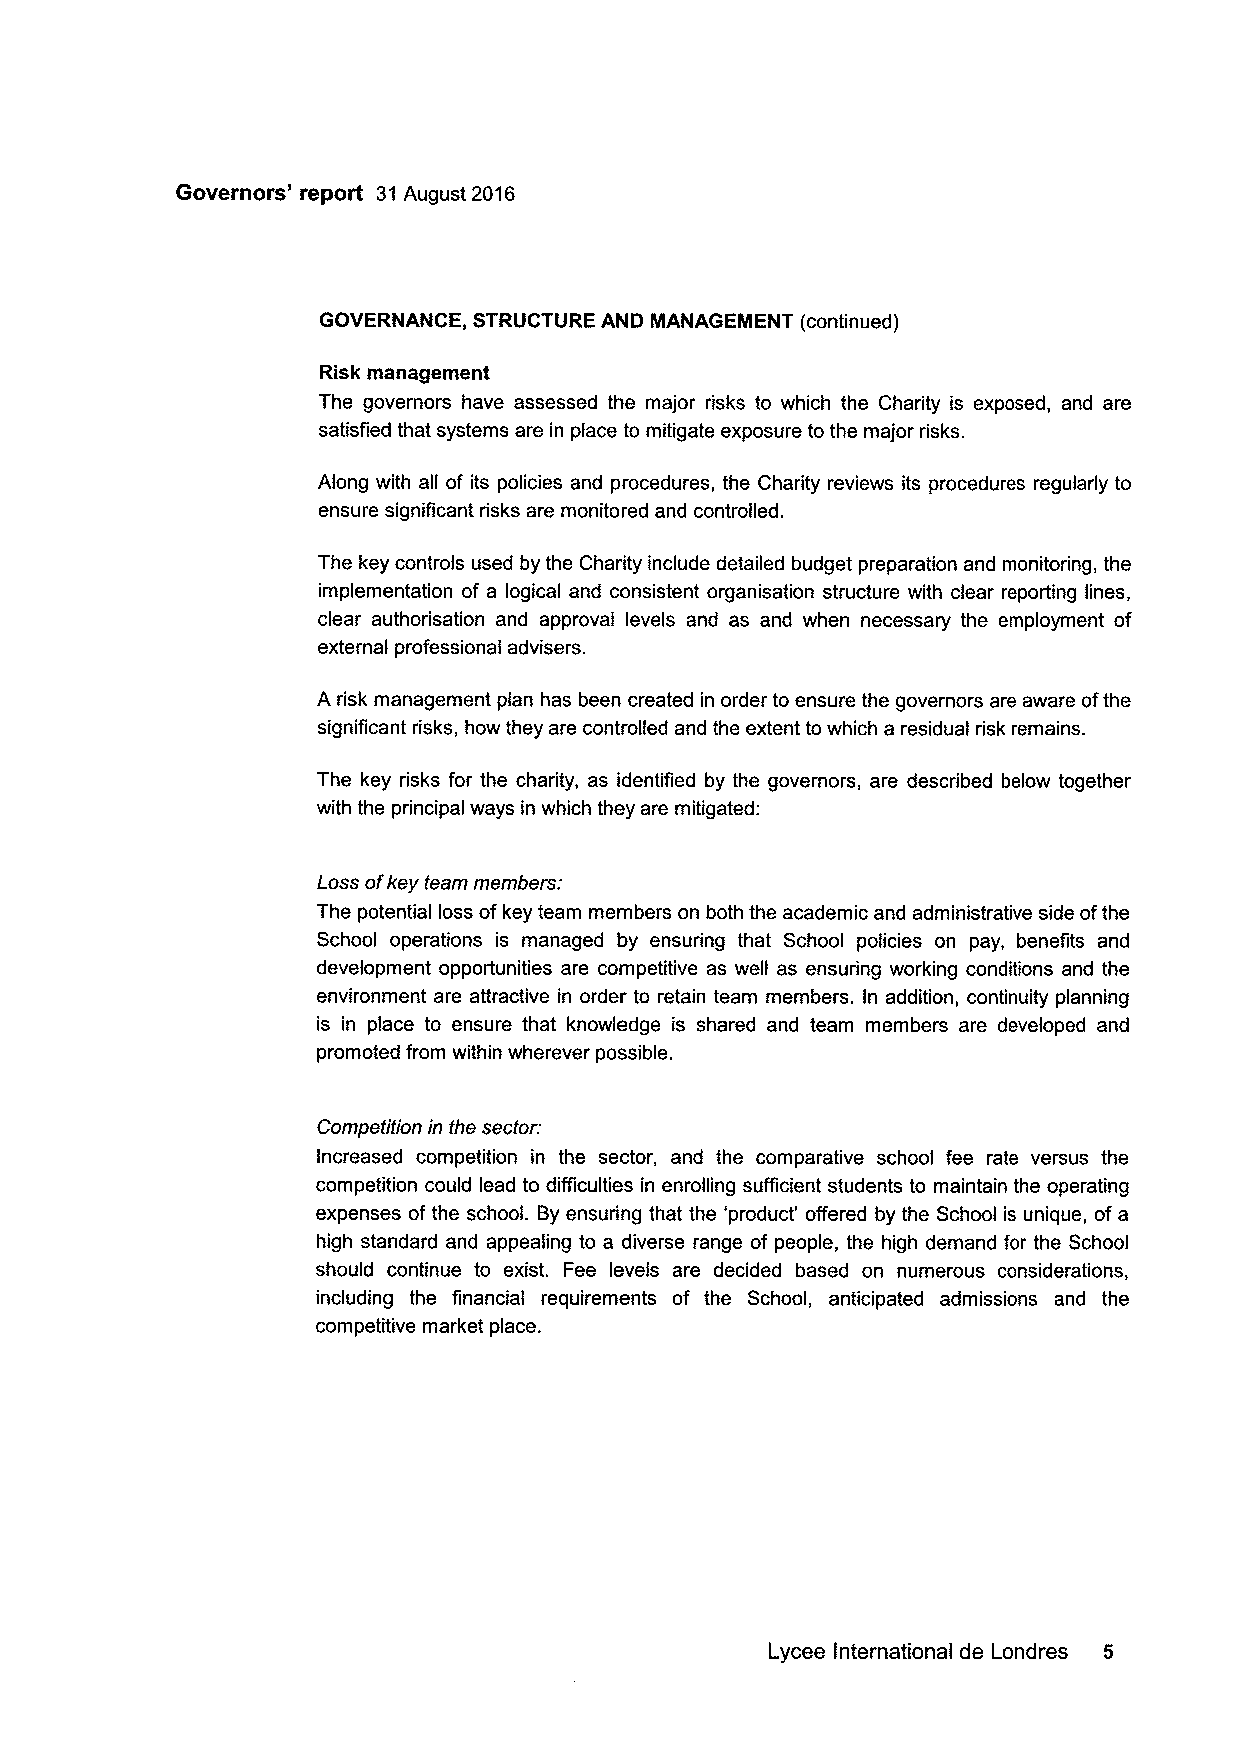
Governors' report 31August 2016
 GOVERNANCE, STRUCTURE AND MANAGEMENT (continued)
 Risk management
 The governors have assessed the major risks to which the Charity is exposed, and are
 satisfied that systems are in place to mitigate exposure to the major risks.
 Along with all of its policies and procedures, the Charity reviews its procedures regularly to
 ensure significant risks are monitored and controlled.
 The key controls used by the Charity include detailed budget preparation and monitoring, the
 implementation of a logical and consistent organisation structure with clear reporting lines,
 clear authorisation and approval levels and as and when necessary the employment of
 external professional advisers.
 A risk management plan has been created in order to ensure the governors are aware ofthe
 significant risks, how they are controlled and the extent to which a residual risk remains.
 The key risks for the charity, as identified by the governors, are described below together
 with the principal ways in which they are mitigated:
 Loss ofkey team members:
 The potential loss ofkey team members on both the academic and administrative side ofthe
 School operations is managed by ensuring that School policies on pay, benefits and
 development opportunities are competitive as well as ensuring working conditions and the
 environment are attractive in order to retain team members. In addition, continuity planning
 is in place to ensure that knowledge is shared and team members are developed and
 promoted from within wherever possible.
 Competition in the sector:
 Increased competition in the sector, and the comparative school fee rate versus the
 competition could lead to difficulties in enrolling sufficient students to maintain the operating
 expenses ofthe school. By ensuring that the 'product' offered by the School is unique, of a
 high standard and appealing to a diverse range of people, the high demand for the School
 should continue to exist. Fee levels are decided based on numerous considerations,
 including the financial requirements of the School, anticipated admissions and the
 competitive market place.
 Lycee International de Londres 5